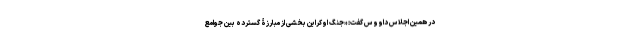
در همین اجلاس داووس گفت: «جنگ اوکراین بخشی از مبارزۀ گسترده بین جوامع